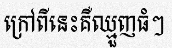
ក្រៅពីនេះគឺឈ្មួញធំៗ